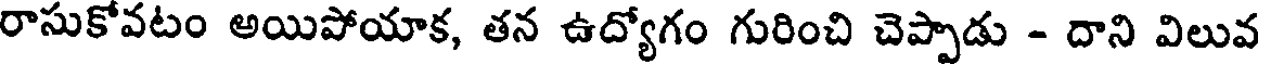
రాసుకోవటం అయిపోయాక, తన ఉద్యోగం గురించి చెప్పాడు - దాని విలువ